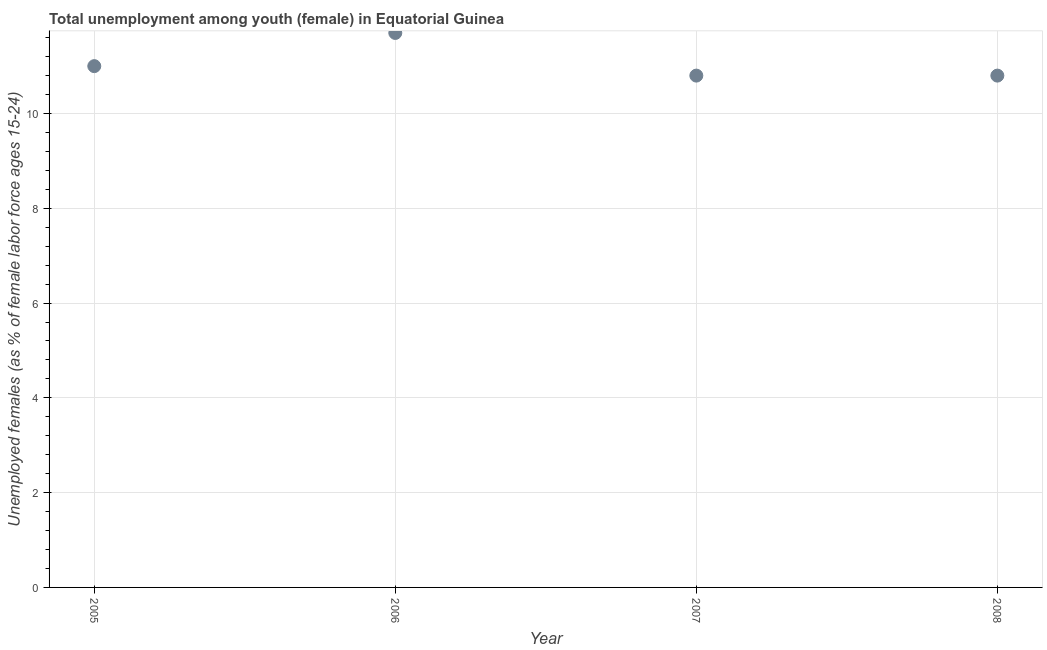
| Year | Unemployment |
 | --- | --- |
 | 2005 | 11 |
 | 2006 | 11.7 |
 | 2007 | 10.8 |
 | 2008 | 10.8 |